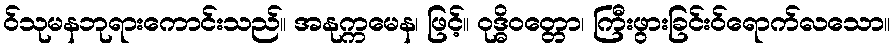
ဝ်သုမနဘုရားကောင်းသည်။ အနုက္ကမေန၊ ဖြင့်။ ဝုဒ္ဓိဝတ္တော၊ ကြီးဖွားခြင်းဝ်ရောက်လသော။